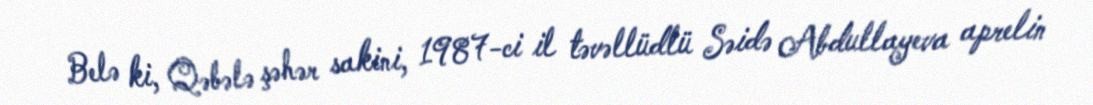
Belə ki, Qəbələ şəhər sakini, 1987-ci il təvəllüdlü Səidə Abdullayeva aprelin